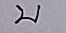
บ